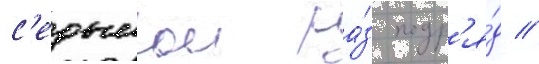
с'едьмои ра́з подр'я́д //